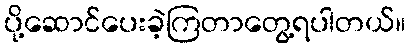
ပို့ဆောင်ပေးခဲ့ကြတာတွေ့ရပါတယ်။